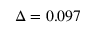
\Delta = 0 . 0 9 7